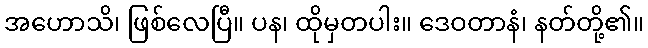
အဟောသိ၊ ဖြစ်လေပြီ။ ပန၊ ထိုမှတပါး။ ဒေဝတာနံ၊ နတ်တို့၏။